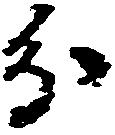
分